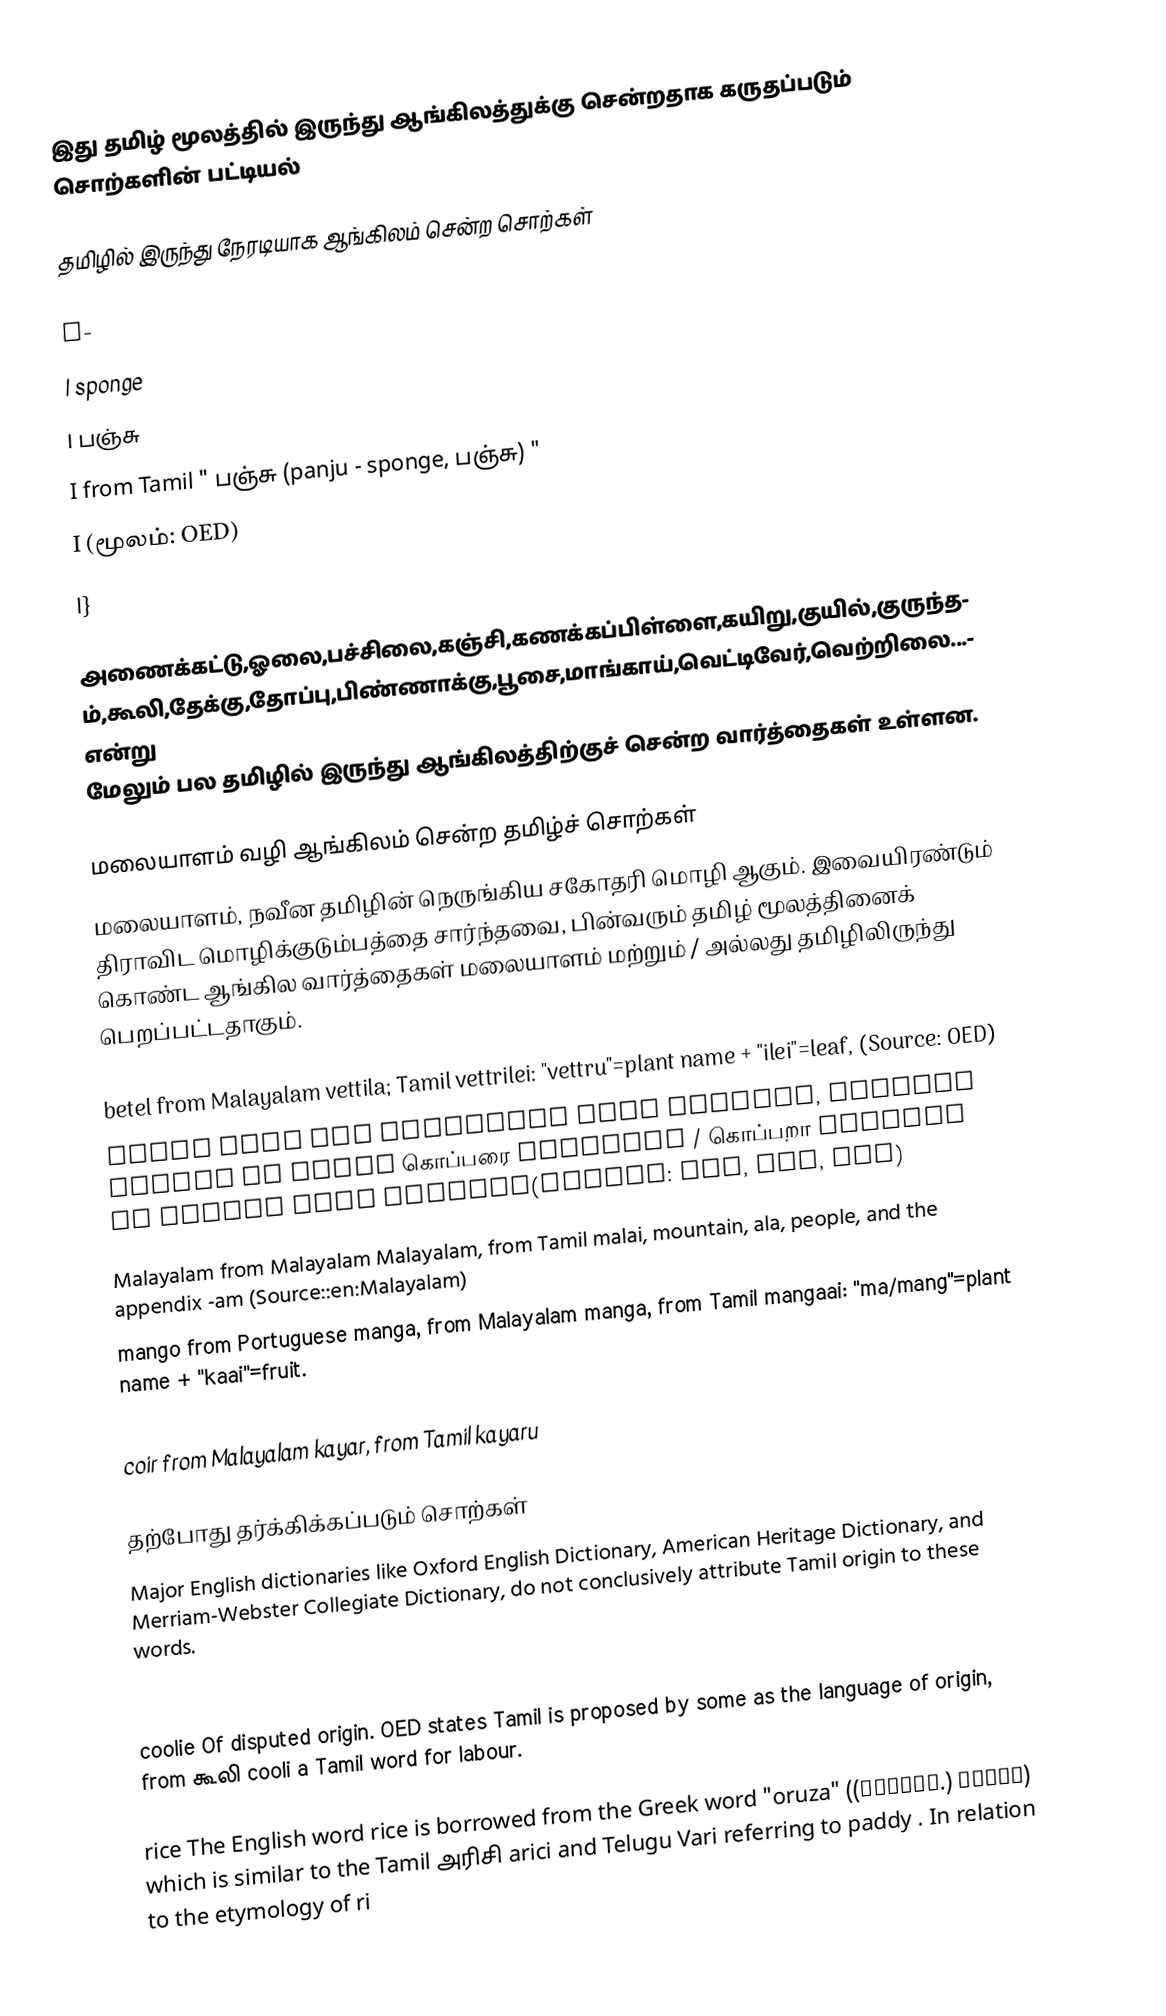
இது தமிழ் மூலத்தில் இருந்து ஆங்கிலத்துக்கு சென்றதாக கருதப்படும் சொற்களின் பட்டியல்

தமிழில் இருந்து நேரடியாக ஆங்கிலம் சென்ற சொற்கள்

I-
I sponge
I  பஞ்சு
I from Tamil " பஞ்சு (panju - sponge, பஞ்சு) "
I (மூலம்: OED)
I}

அணைக்கட்டு,ஓலை,பச்சிலை,கஞ்சி,கணக்கப்பிள்ளை,கயிறு,குயில்,குருந்தம்,கூலி,தேக்கு,தோப்பு,பிண்ணாக்கு,பூசை,மாங்காய்,வெட்டிவேர்,வெற்றிலை...என்று மேலும் பல தமிழில் இருந்து ஆங்கிலத்திற்குச் சென்ற வார்த்தைகள் உள்ளன.

மலையாளம் வழி ஆங்கிலம் சென்ற தமிழ்ச் சொற்கள்
மலையாளம், நவீன தமிழின் நெருங்கிய சகோதரி மொழி ஆகும். இவையிரண்டும் திராவிட மொழிக்குடும்பத்தை சார்ந்தவை, பின்வரும் தமிழ் மூலத்தினைக் கொண்ட ஆங்கில வார்த்தைகள் மலையாளம் மற்றும் / அல்லது தமிழிலிருந்து பெறப்பட்டதாகும்.

 betel  from Malayalam vettila; Tamil vettrilei: "vettru"=plant name + "ilei"=leaf, (Source: OED)
 copra  from the Malayalam word koppara, coconut kernel  or Tamil கொப்பரை kopparai / கொப்பறா koppara or Telugu word kobbera(Source: OED, AHD, MWD)
 Malayalam  from Malayalam Malayalam, from Tamil malai, mountain, ala, people, and the appendix -am (Source::en:Malayalam)
 mango  from Portuguese manga, from Malayalam manga, from Tamil mangaai: "ma/mang"=plant name + "kaai"=fruit.
 teak  from Malayalam thekku, from Tamil thekku
 coir  from Malayalam kayar, from Tamil kayaru

தற்போது தர்க்கிக்கப்படும் சொற்கள்
Major English dictionaries like Oxford English Dictionary, American Heritage Dictionary, and Merriam-Webster Collegiate Dictionary, do not conclusively attribute Tamil origin to these words.

 anaconda  possibly from Tamil aanai kondan, elephant killer  Most dictionaries (AHD, MWD, New Oxford American Dictionary) give origin from Sinhalese henakaňdayā, "whipsnake".
 coolie  Of disputed origin. OED states Tamil is proposed by some as the language of origin, from கூலி cooli a Tamil word for labour.

 rice  The  English word rice is borrowed from the Greek word "oruza" ((μαγειρ.)  ὄρύζα) which is similar to the Tamil அரிசி arici and Telugu Vari referring to paddy . In relation to the etymology of ri